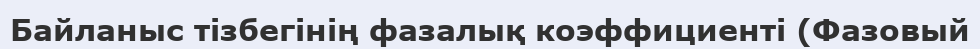
Байланыс тізбегінің фазалық коэффициенті (Фазовый